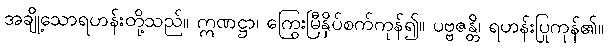
အချို့သောရဟန်းတို့သည်။ ဣဏဋ္ဌာ၊ ကြွေးမြီနှိပ်စက်ကုန်၍။ ပဗ္ဗဇန္တိ၊ ရဟန်းပြုကုန်၏။